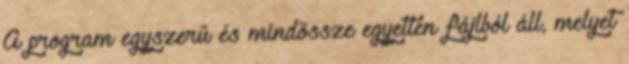
A program egyszerű és mindössze egyetlen fájlból áll, melyet